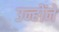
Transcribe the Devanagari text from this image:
उन्होंने